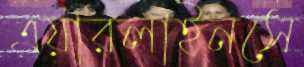
এয়ারলাইনসে